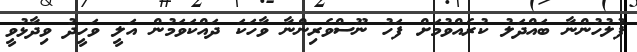
ފުލުހުންނާ ބައްދަލު ކުރެއްވުމަށް ފަހު ނޫސްވެރިންނާ ވާހަކަ ދައްކަވަމުން އަލީ ވަހީދު ވިދާޅުވީ